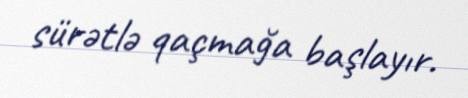
sürətlə qaçmağa başlayır.